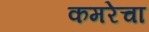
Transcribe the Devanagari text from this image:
कमरेचा